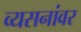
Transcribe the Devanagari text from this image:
व्यसनांवर